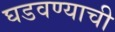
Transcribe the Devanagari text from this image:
घडवण्याची